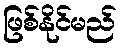
ဖြစ်နိုင်မည်